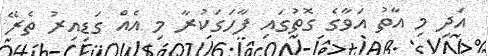
އަދި މި އާތު އަވާގެ ގޮތުގައި ފާހަގަކުރާ މި އެއް ގަޑިއިރު ތެރޭ